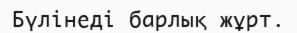
Бүлінеді барлық жұрт.